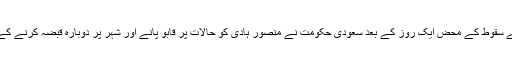
باخبر ذرائع کا کہنا ہے کہ عدن کے سقوط کے محض ایک روز کے بعد سعودی حکومت نے منصور ہادی کو حالات پر قابو پانے اور شہر پر دوبارہ قبضہ کرنے کے لیے پانچ روز کی مہلت دی تھی۔